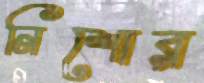
নিশোর